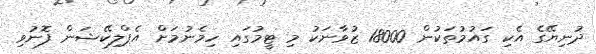
ދުނިޔޭގެ އެކި ގައުމުތަކުން 18000 ޒުވާނަކު މި ޓީމުގައި ހިމެނުމަށް އެޕްލިކޭޝަން ފޮނުވި